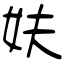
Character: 妋